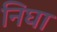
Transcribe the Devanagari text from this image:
निघा